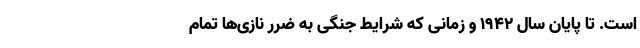
است. تا پایان سال 1942 و زمانی که شرایط جنگی به ضرر نازی‌ها تمام